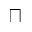
\sqcap